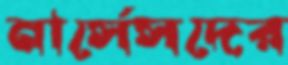
নার্সেসদের